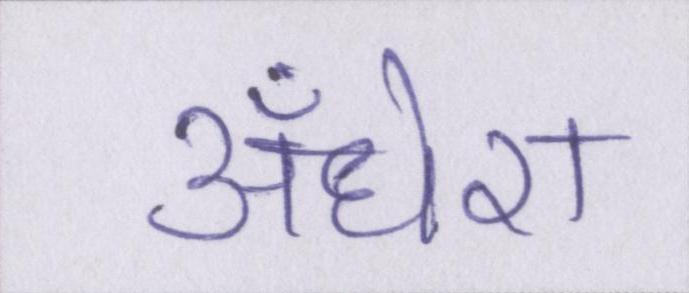
अँधेरा